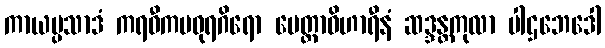
ကာယပ္ပသာဒံ ကရဝီကမဓုရဂိရော မေတ္တာဝိဟာရီနံ ဆဒ္ဒန္တကုလာ ပါဌဘေဒေါ